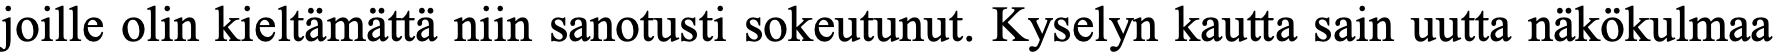
joille olin kieltämättä niin sanotusti sokeutunut. Kyselyn kautta sain uutta näkökulmaa